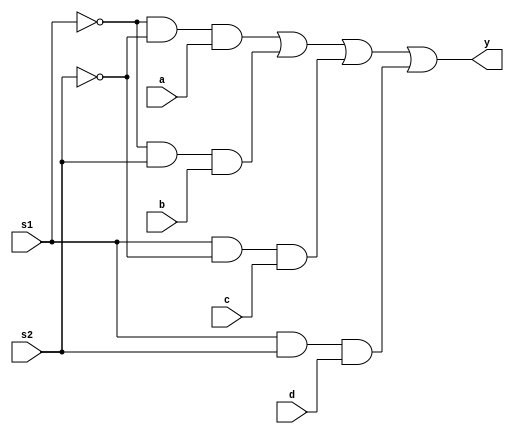
module mux(s1,s2,a,b,c,d,y);
	input s1,s2,a,b,c,d;
	output y;
	assign y = ~s1&~s2&a | ~s1&s2&b | s1&~s2&c | s1&s2&d ;
endmodule